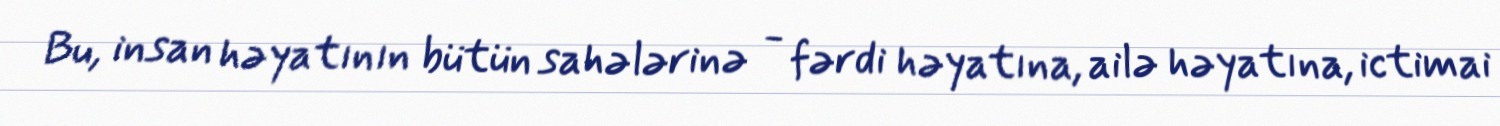
Bu, insan həyatının bütün sahələrinə - fərdi həyatına, ailə həyatına, ictimai